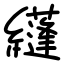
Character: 纄